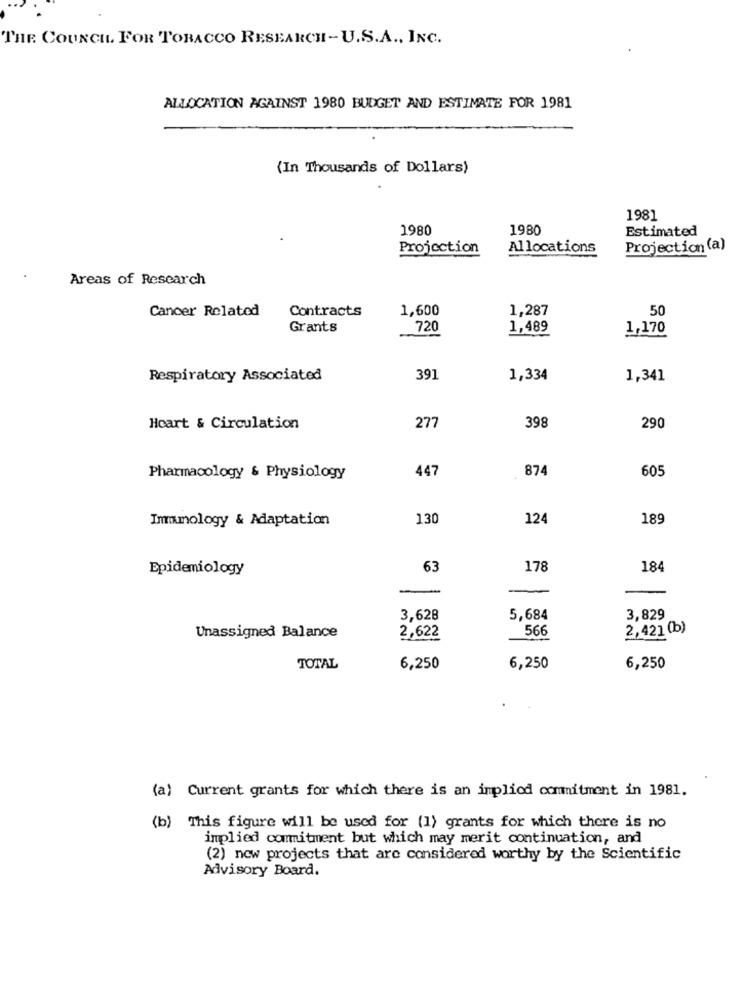
THE COUNCIL FOR TOBACCO RESEARCH -U.S.A ., INC.
ALLOCATION AGAINST 1980 BUDGET AND ESTIMATE FOR 1981
(In Thousands of Dollars)
1981
1980
1980
Estimated
Projection
Allocations
Projection (a)
Areas of Research
Cancer Related
Contracts
1,600
1,287
50
Grants
720
1,489
1,170
Respiratory Associated
391
1,334
1,341
398
Hoart & Circulation
277
290
447
874
605
Pharmacology & Physiology
Immmology & Adaptation
130
124
189
Epidemiology
63
178
184
3,628
5,684
3,829
566
2,421 (b)
Unassigned Balance
2,622
TOTAL
6,250
6,250
6,250
(a) Current grants for which there is an implied commitment in 1981.
(b) This figure will be used for (1) grants for which there is no
implied commitment but which may merit continuation, and
(2) new projects that are considered worthy by the Scientific
Advisory Board.